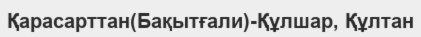
Қарасарттан(Бақытғали)-Құлшар, Құлтан